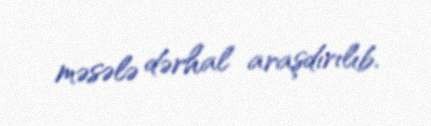
məsələ dərhal araşdırılıb.